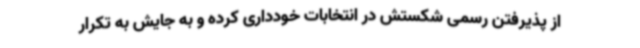
از پذیرفتن رسمی شکستش در انتخابات خودداری کرده و به جایش به تکرار